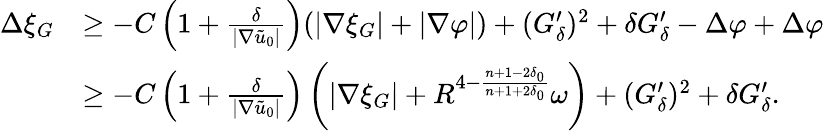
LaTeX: \begin{array}{rl}{\Delta\xi_{G}}&{\geq-C\left(1+\frac{\delta}{|\nabla\tilde{u}_{0}|}\right)(|\nabla\xi_{G}|+|\nabla\varphi|)+(G_{\delta}^{\prime})^{2}+\delta G_{\delta}^{\prime}-\Delta\varphi+\Delta\varphi}\\ &{\geq-C\left(1+\frac{\delta}{|\nabla\tilde{u}_{0}|}\right)\left(|\nabla\xi_{G}|+R^{4-\frac{n+1-2\delta_{0}}{n+1+2\delta_{0}}}\omega\right)+(G_{\delta}^{\prime})^{2}+\delta G_{\delta}^{\prime}.}\end{array}